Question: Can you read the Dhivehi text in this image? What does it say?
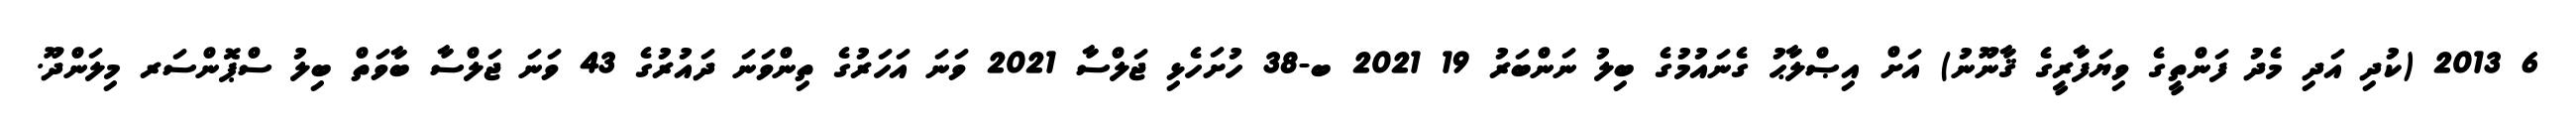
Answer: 6 2013 (ކުދި އަދި މެދު ފަންތީގެ ވިޔަފާރީގެ ޤާނޫނު) އަށް އިޞްލާޙު ގެނައުމުގެ ބިލު ނަންބަރު 19 2021 ބ-38 ހުށަހެޅި ޖަލްސާ 2021 ވަނަ އަހަރުގެ ތިންވަނަ ދައުރުގެ 43 ވަނަ ޖަލްސާ ބާވަތް ބިލު ސްޕޮންސަރ މިލަންދޫ.